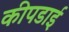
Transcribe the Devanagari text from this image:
कीपडाई